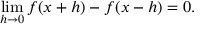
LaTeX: \operatorname* { l i m } _ { h \to 0 } f ( x + h ) - f ( x - h ) = 0 .